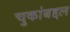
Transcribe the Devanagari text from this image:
चुकांबद्दल